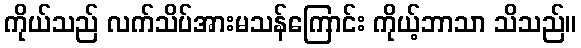
ကိုယ်သည် လက်သိပ်အားမသန်ကြောင်း ကိုယ့်ဘာသာ သိသည်။